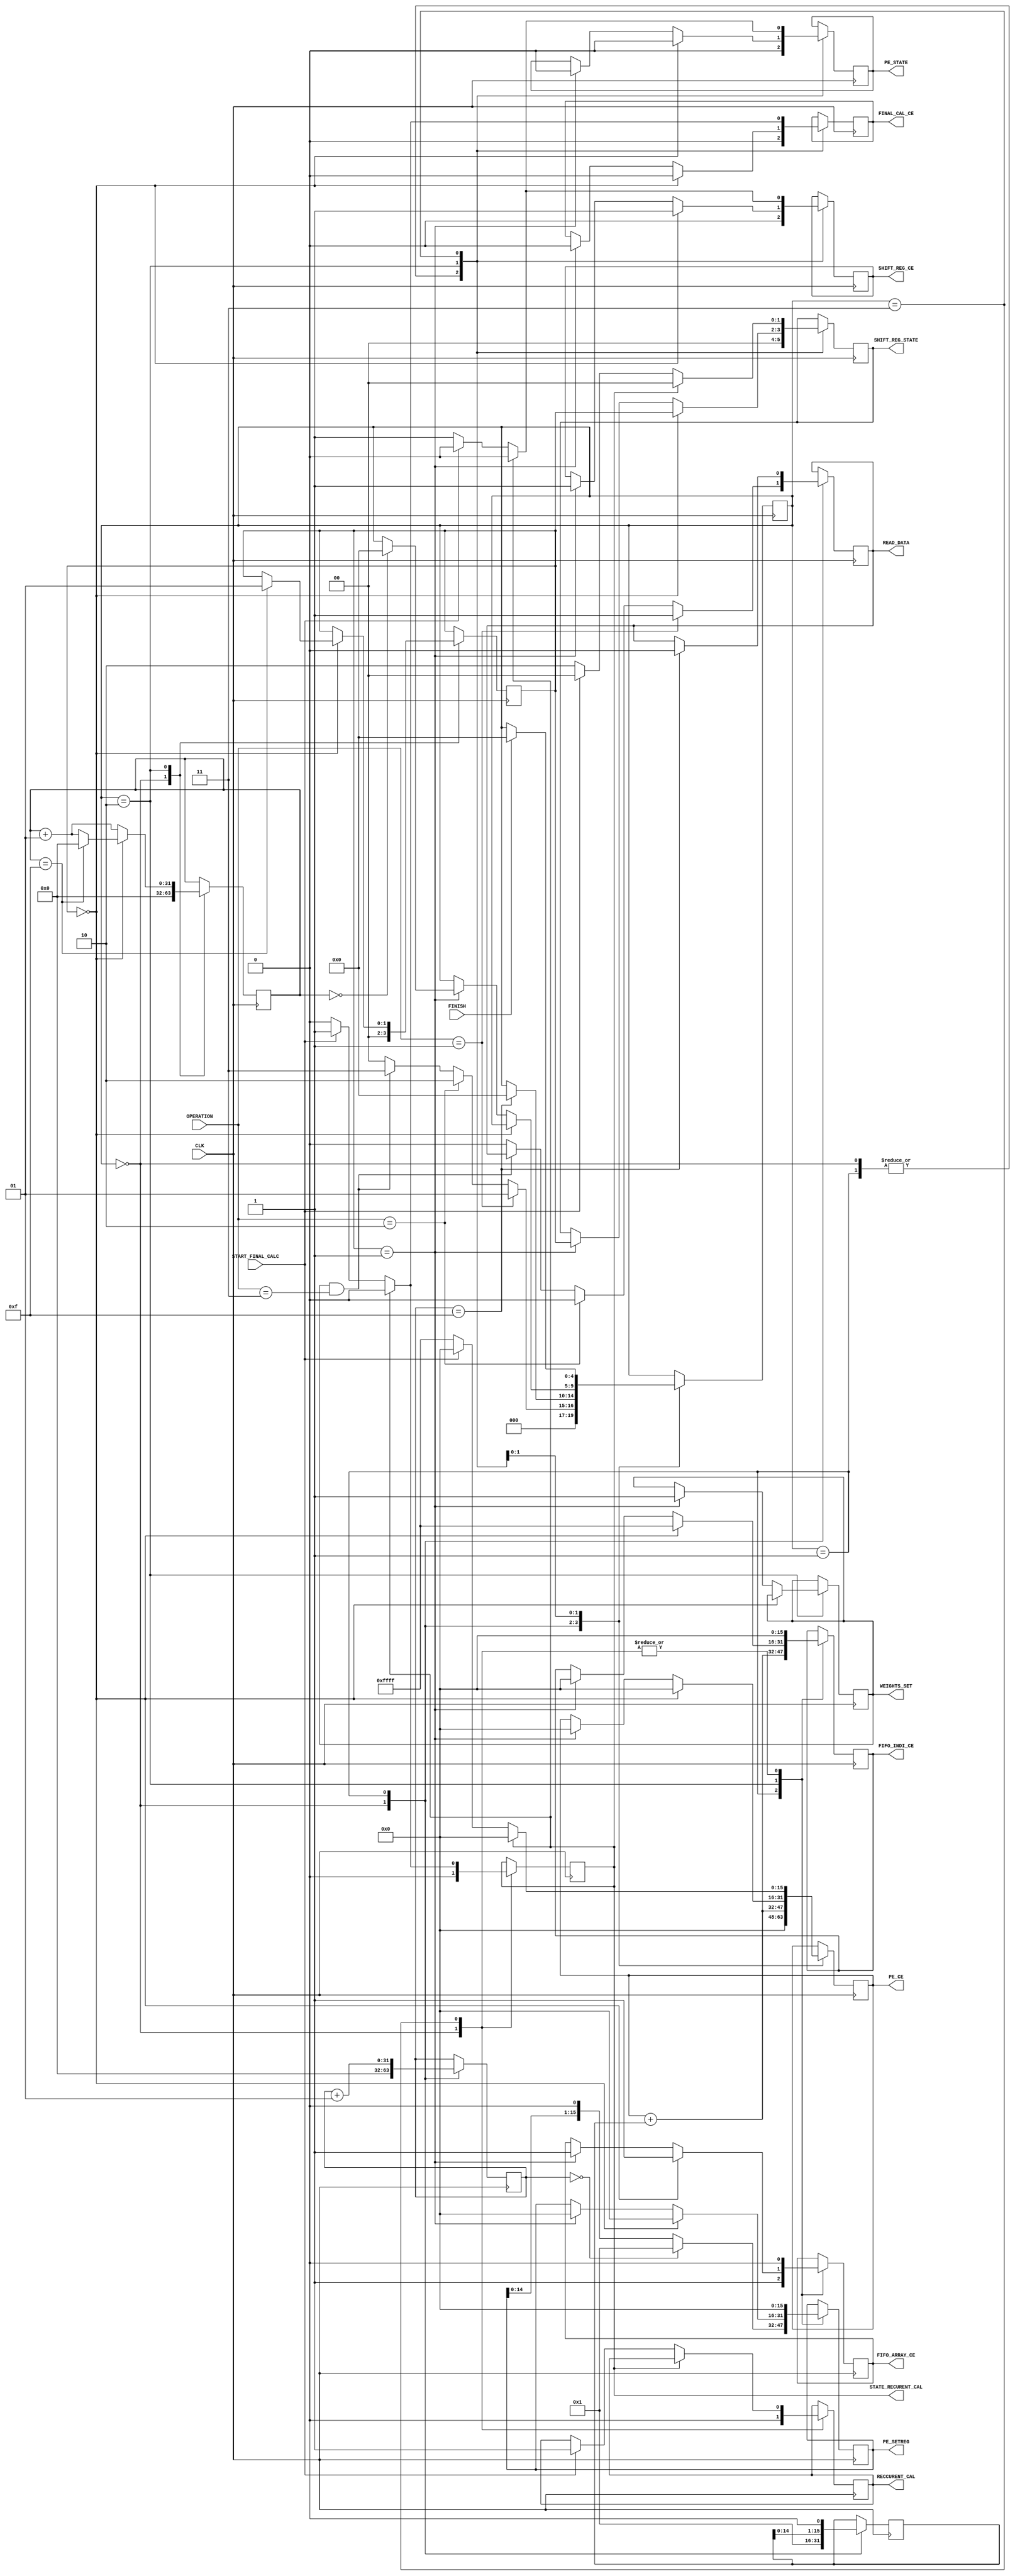
`timescale 1ns / 1ps
//////////////////////////////////////////////////////////////////////////////////
// Company: 
// 
// Design Name: 
// Module Name: CONTOLLER
// Project Name: 
// Target Devices: 
// Tool Versions: 
// Description: 
// 
// Dependencies: 
// 
// Revision:
// Revision 0.01 - File Created
// Additional Comments:
// 
//////////////////////////////////////////////////////////////////////////////////


module CONTROLLER #(
    parameter NODES = 16
    )(
    input                            CLK,
    input                            FINISH,
    input           [    1    :0]    OPERATION,             //training (01), find pattern(10) or idle(00)
    input                            START_FINAL_CALC,
    output reg      [NODES - 1:0]    PE_CE,
    output reg                       PE_STATE,              //training (0), find pattern(1)  can be fullt dissbled by CE 
    output reg      [NODES - 1:0]    PE_SETREG,
    output reg                       FIFO_ARRAY_CE,
    output reg      [NODES - 1:0]    FIFO_INDI_CE,
    output reg                       SHIFT_REG_CE,
    output reg      [    1    :0]    SHIFT_REG_STATE,
    output reg                       FINAL_CAL_CE,
    output reg                       READ_DATA,
    output reg                       WEIGHTS_SET,
    output reg                       RECCURENT_CAL,
    output reg                       STATE_RECURENT_CAL
    );
    
    reg             [   4     :0]    STATE;        //operating state
    integer                          COUNTER_TRAINING;
    integer                          COUNTER_REG;
    reg             [NODES - 1:0]    PE_CE_GEN;
    reg             [   1     :0]    STATE_SHIFTREG;
    
    
    initial
    begin
        STATE               =   5'b00000;
        COUNTER_TRAINING    =   32'd0;
        COUNTER_REG         =   32'd0;
        READ_DATA           =   1'b0;
        STATE_SHIFTREG      =   2'd0;
        WEIGHTS_SET         =   1'b0;
        STATE_RECURENT_CAL  =   1'b0;
        RECCURENT_CAL       =   1'b0;
    end
    
    always@(posedge CLK)
    begin
        case(STATE)
            5'b00000:               //initial state
            begin
                if(OPERATION == 2'b01)
                begin
                    STATE <= 5'b00001;           //go to training state
                    READ_DATA <= 1'b1;
                end
                else if(OPERATION == 2'b10)
                begin
                    STATE <= 5'b00010;           //go to move to memory state
                    READ_DATA <= 1'b0;
                end 
                else if(WEIGHTS_SET && OPERATION == 2'b11)
                begin
                    STATE <= 5'b00011;
                end
                else
                begin
                    STATE <= 5'b00000;
                    READ_DATA <= 1'b0; 
                end
                
                PE_CE               <=  16'd0;
                PE_STATE            <=  1'b0;
                PE_SETREG           <=  16'd0;
                FIFO_ARRAY_CE       <=  1'b0;
                FIFO_INDI_CE        <=  16'd0;
                SHIFT_REG_CE        <=  1'b0;
                SHIFT_REG_STATE     <=  2'd0;
                FINAL_CAL_CE        <=  1'b0;
                
                PE_CE_GEN           <=  7'b1; 
                
                COUNTER_TRAINING    <=  32'd0;
                COUNTER_REG         <=  32'd0;
                STATE_SHIFTREG      <=  2'd0;
                STATE_RECURENT_CAL  <=   1'b0;
                RECCURENT_CAL       <=  1'b0;
            end
            5'b00001:               // training state
            begin
                COUNTER_TRAINING    <=   COUNTER_TRAINING + 1;
                
                if(COUNTER_TRAINING == NODES-1)
                begin
                    STATE = 5'b00000;
                    READ_DATA <= 1'b0;  
                end
               
                PE_CE_GEN           <=  PE_CE_GEN << 1;                
                PE_CE               <=  PE_CE + PE_CE_GEN ;
                PE_STATE            <=  1'b0;
                if(COUNTER_TRAINING == 0)
                    PE_SETREG           <=  16'b1;
                else
                    PE_SETREG           <=  PE_SETREG << 1;
                FIFO_ARRAY_CE       <=  1'b1;
                FIFO_INDI_CE        <=  PE_CE + PE_CE_GEN;
                SHIFT_REG_CE        <=  1'b0;
                SHIFT_REG_STATE     <=  2'd0;
                FINAL_CAL_CE        <=  1'b0;
                
            end
            5'b00010:
            begin
                COUNTER_REG         <=   COUNTER_REG + 1;;
                
                if(STATE_SHIFTREG == 2'b00)
                begin
                    PE_CE               <=  16'd0;
                    PE_STATE            <=  1'b0;
                    PE_SETREG           <=  16'd0;
                    FIFO_ARRAY_CE       <=  1'b1;
                    FIFO_INDI_CE        <=  16'b1111111111111111;
                    SHIFT_REG_CE        <=  1'b1;
                    SHIFT_REG_STATE     <=  STATE_SHIFTREG;
                    FINAL_CAL_CE        <=  1'b0;
                    
                    if(COUNTER_REG == NODES-1)
                    begin
                        STATE_SHIFTREG <= 2'b01;
                        COUNTER_REG    <= 32'd0;
                    end
                end
                else if(STATE_SHIFTREG == 2'b01)
                begin
                    PE_CE               <=  16'd0;
                    PE_STATE            <=  1'b0;
                    PE_SETREG           <=  16'd0;
                    FIFO_ARRAY_CE       <=  1'b1;
                    FIFO_INDI_CE        <=  16'd0;
                    SHIFT_REG_CE        <=  1'b1;
                    SHIFT_REG_STATE     <=  STATE_SHIFTREG;
                    FINAL_CAL_CE        <=  1'b0;
                    
                    if(COUNTER_REG == 32'd0)
                        STATE           <= 5'd0;
                        
                    WEIGHTS_SET         <=  1'b1;
                end                
            end
            5'b00011:           //pattern recognition state
            begin
                if(STATE_RECURENT_CAL)
                begin
                    PE_CE               <=  16'd0;
                    PE_STATE            <=  1'b0;
                    PE_SETREG           <=  16'd0;
                    FIFO_ARRAY_CE       <=  1'b0;
                    FIFO_INDI_CE        <=  16'd0;
                    SHIFT_REG_CE        <=  1'b0;
                    SHIFT_REG_STATE     <=  2'b00;
                    FINAL_CAL_CE        <=  1'b0;
                    STATE_RECURENT_CAL  <=  1'b0;
                end 
                else if(START_FINAL_CALC)
                begin
                    PE_CE               <=  16'd0;
                    PE_STATE            <=  1'b0;
                    PE_SETREG           <=  16'd0;
                    FIFO_ARRAY_CE       <=  1'b0;
                    FIFO_INDI_CE        <=  16'd0;
                    SHIFT_REG_CE        <=  1'b0;
                    SHIFT_REG_STATE     <=  2'b00;
                    FINAL_CAL_CE        <=  1'b1;
                    STATE_RECURENT_CAL  <=  1'b1;
                    RECCURENT_CAL       <=  1'b1;
                end
                else
                begin
                    PE_CE               <=  16'b1111111111111111;
                    PE_STATE            <=  1'b1;
                    PE_SETREG           <=  16'd0;
                    FIFO_ARRAY_CE       <=  1'b0;
                    FIFO_INDI_CE        <=  16'd0;
                    SHIFT_REG_CE        <=  1'b1;
                    SHIFT_REG_STATE     <=  2'b10;
                    FINAL_CAL_CE        <=  1'b0;
                end
                
                if(FINISH)
                    STATE = 5'd0;
                
            end
            default:
            begin
    
            end
            
        endcase        
    end
    
    
endmodule